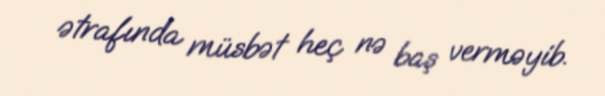
ətrafında müsbət heç nə baş verməyib.